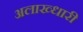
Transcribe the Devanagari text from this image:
अलाख्धारी